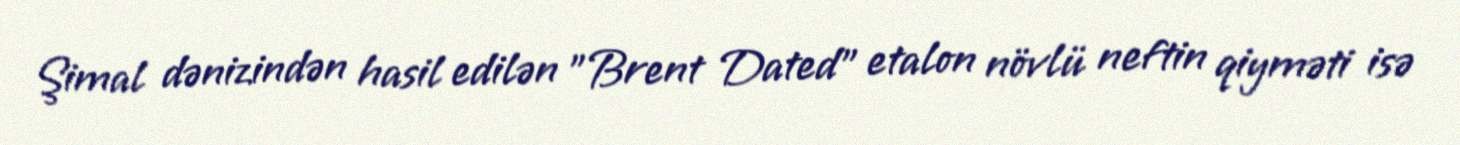
Şimal dənizindən hasil edilən "Brent Dated" etalon növlü neftin qiyməti isə